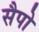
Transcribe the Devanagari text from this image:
सैपो